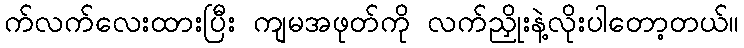
က်လက်လေးထားပြီး ကျမအဖုတ်ကို လက်ညှိုးနဲ့လိုးပါတော့တယ်။